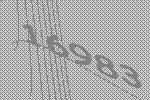
16983